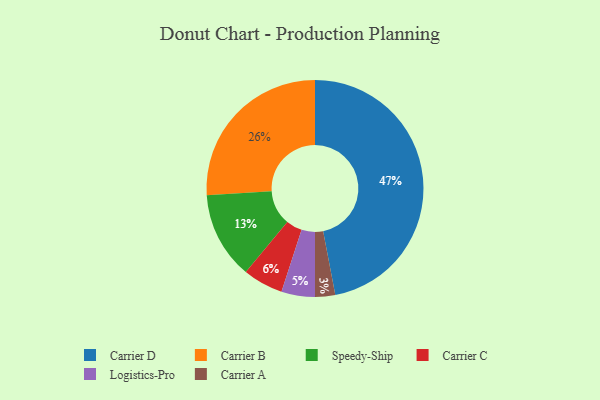
{"axis": {"x": "Category", "y": "Percentage"}, "legend": ["Carrier A", "Carrier B", "Carrier C", "Carrier D", "Logistics-Pro", "Speedy-Ship"], "data": [{"x": "Speedy-Ship", "y": 13, "type": "Speedy-Ship"}, {"x": "Logistics-Pro", "y": 5, "type": "Logistics-Pro"}, {"x": "Carrier B", "y": 26, "type": "Carrier B"}, {"x": "Carrier C", "y": 6, "type": "Carrier C"}, {"x": "Carrier D", "y": 47, "type": "Carrier D"}, {"x": "Carrier A", "y": 3, "type": "Carrier A"}]}